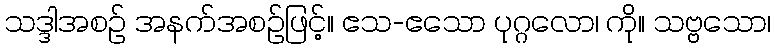
သဒ္ဒါအစဉ် အနက်အစဉ်ဖြင့်။ ဧသ-ဧသော ပုဂ္ဂလော၊ ကို။ သဗ္ဗသော၊